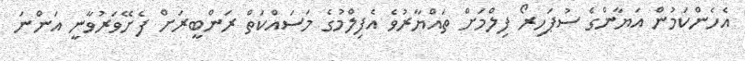
އެހެންކަމުން އަޔާންގެ ސުޕަހިރޯ ފިލްމަށް ތައްޔާރުވެ އެފިލްމުގެ މަސައްކަތް ރަންބީރަށް ފެށޭވަރުވާނީ އަންނަ